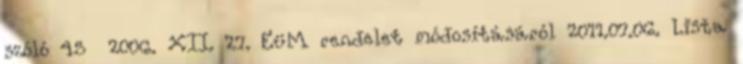
szóló 45 2006. XII. 27. EüM rendelet módosításáról 2011.07.06. Lista